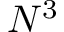
N ^ { 3 }